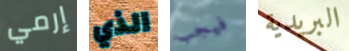
إرمي الذي فيجب البريدية